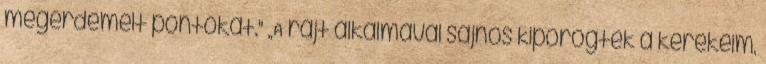
megérdemelt pontokat." „A rajt alkalmával sajnos kipörögtek a kerekeim,